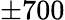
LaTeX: \pm 700